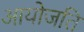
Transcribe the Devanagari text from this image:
आयोजति